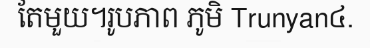
តែមួយ។រូបភាព ភូមិ Trunyan៤.